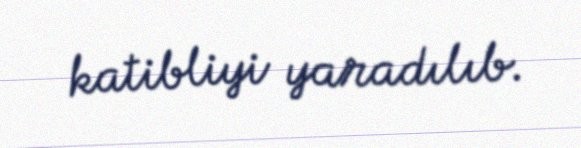
katibliyi yaradılıb.